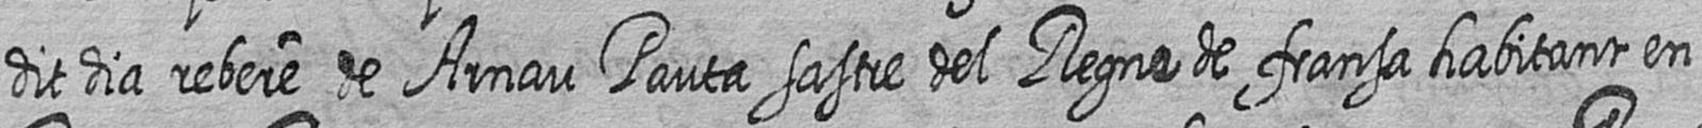
dit dia rebere de Arnau Pauta sastre del Regne de fransa habitant en